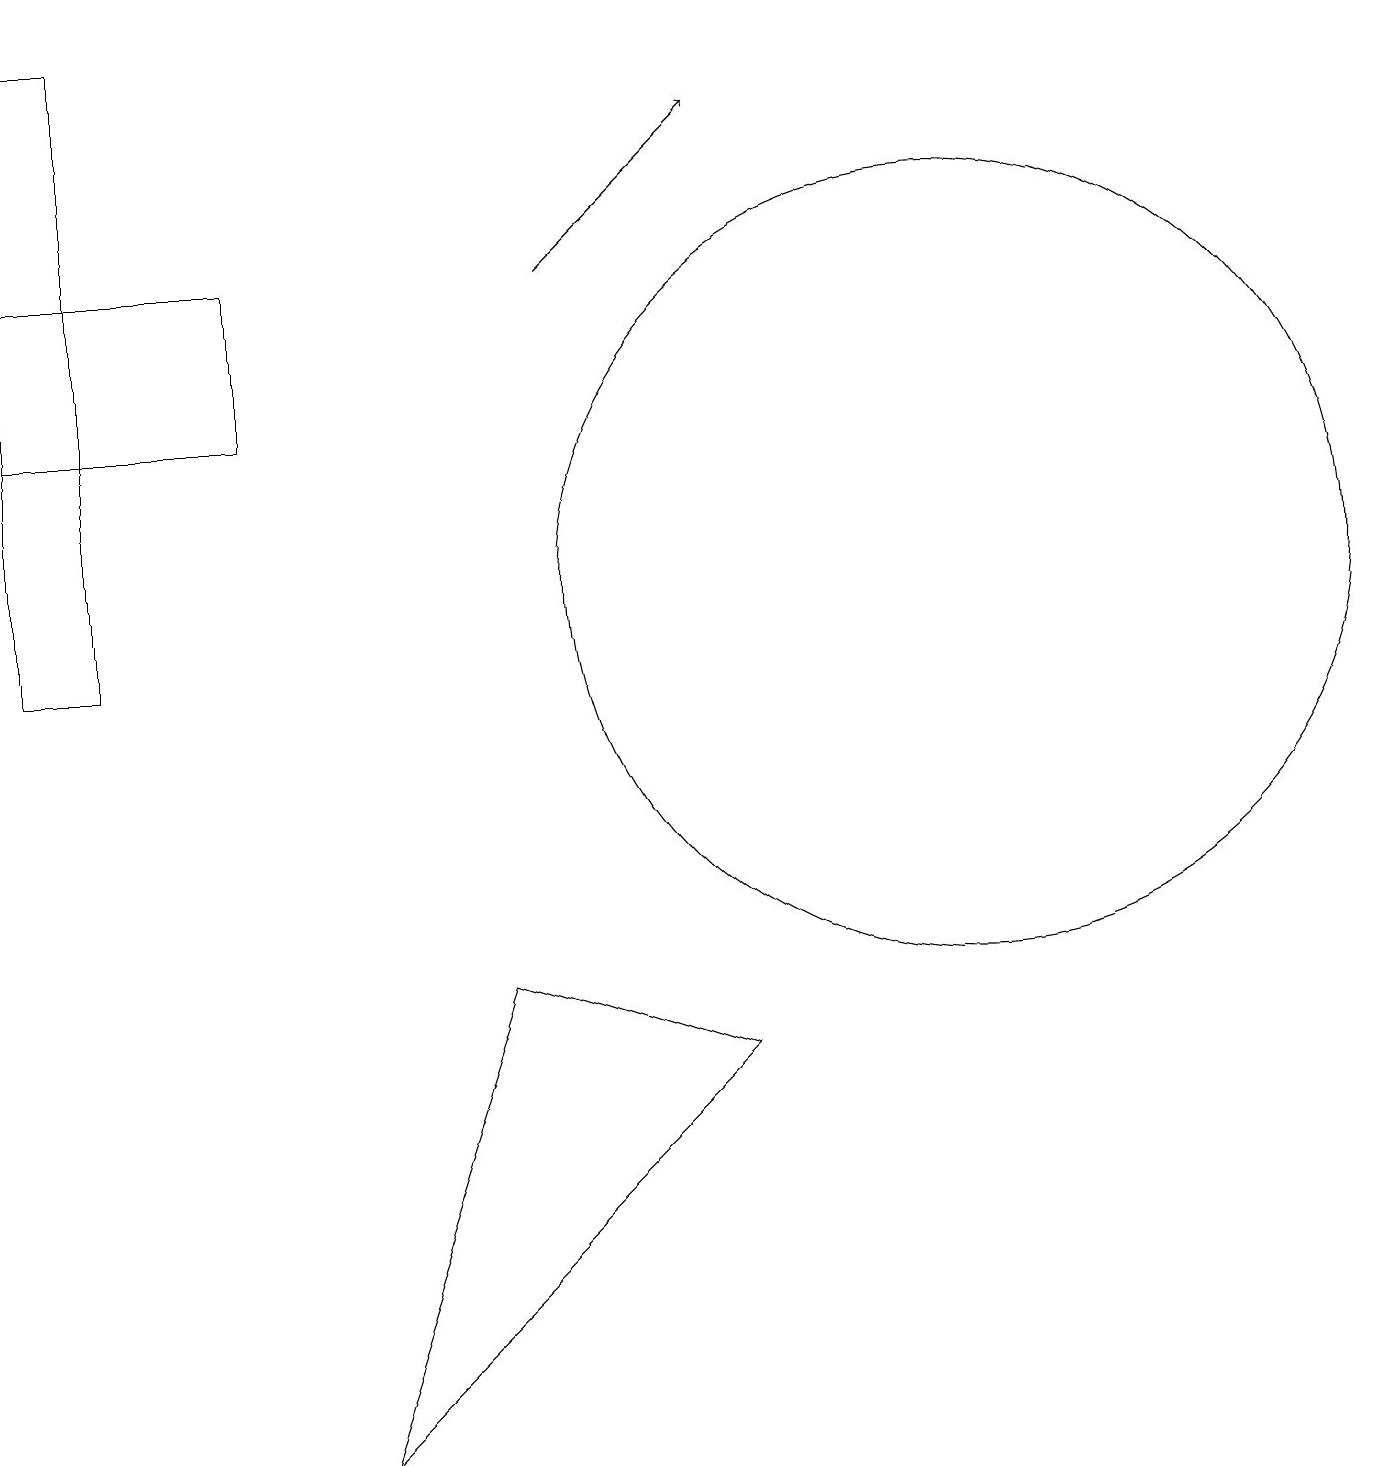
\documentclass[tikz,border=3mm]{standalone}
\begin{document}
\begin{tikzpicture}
\draw (0,19) rectangle (1,11);
\draw (4,1) -- (9,6) -- (6,7) -- cycle;
\draw (3,14) rectangle (0,16);
\draw (12,12) circle (5);
\draw[->] (7,16) -- (9,18);
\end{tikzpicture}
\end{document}